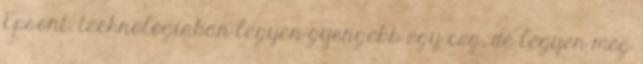
Epsont. technologiaban legyen gyengebb egy ceg, de legyen meg